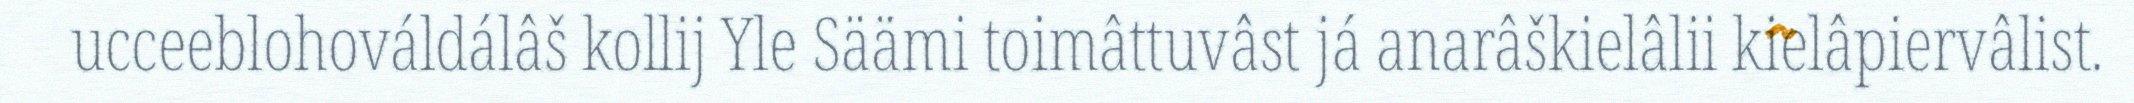
ucceeblohováldálâš kollij Yle Säämi toimâttuvâst já anarâškielâlii kielâpiervâlist.